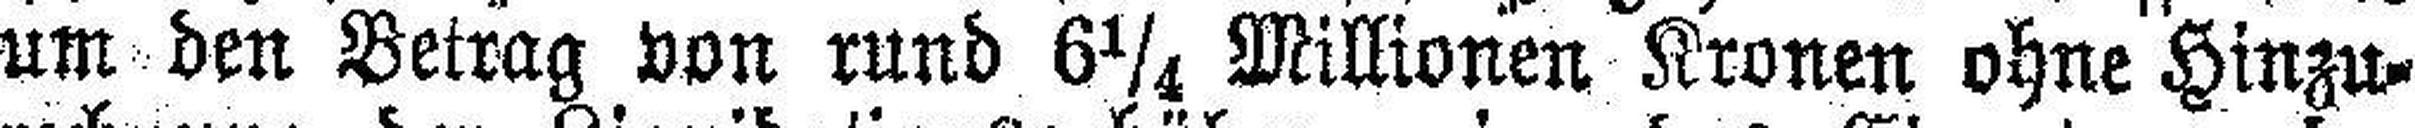
um den Betrag von rund 6¼ Millionen Kronen ohne Hinzu¬